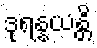
ဒုရန္နယန္တိ